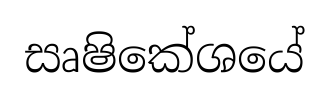
සෘෂිකේශයේ